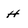
Character: H